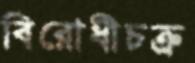
বিরোধীচক্র